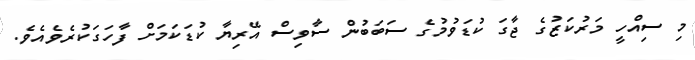
މި ސިއްހީ މަރުކަޒުގެ ޖާގަ ކުޑަވުމުގެ ސަބަބުން ސާވިސް އޭރިޔާ ކުޑަކަމަށް ފާހަގަކުރެވެއެވެ.